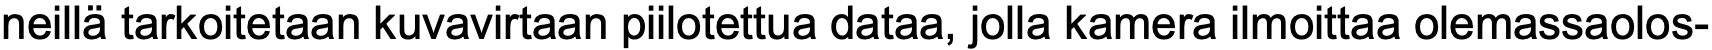
neillä tarkoitetaan kuvavirtaan piilotettua dataa, jolla kamera ilmoittaa olemassaolos-